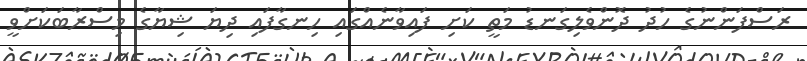
ރަސްފަންނުގެ ހުދު ދޮންވެލިގަނޑު މަތީ ކަށި ފައިވާނެއްގައި ހިނގާފައި ދިޔަ ޝިޔާގެ މިސްރާބަކަށްވީ